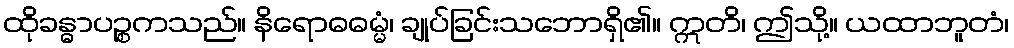
ထိုခန္ဓာပဉ္စကသည်။ နိရောဓဓမ္မံ၊ ချုပ်ခြင်းသဘောရှိ၏။ ဣတိ၊ ဤသို့။ ယထာဘူတံ၊